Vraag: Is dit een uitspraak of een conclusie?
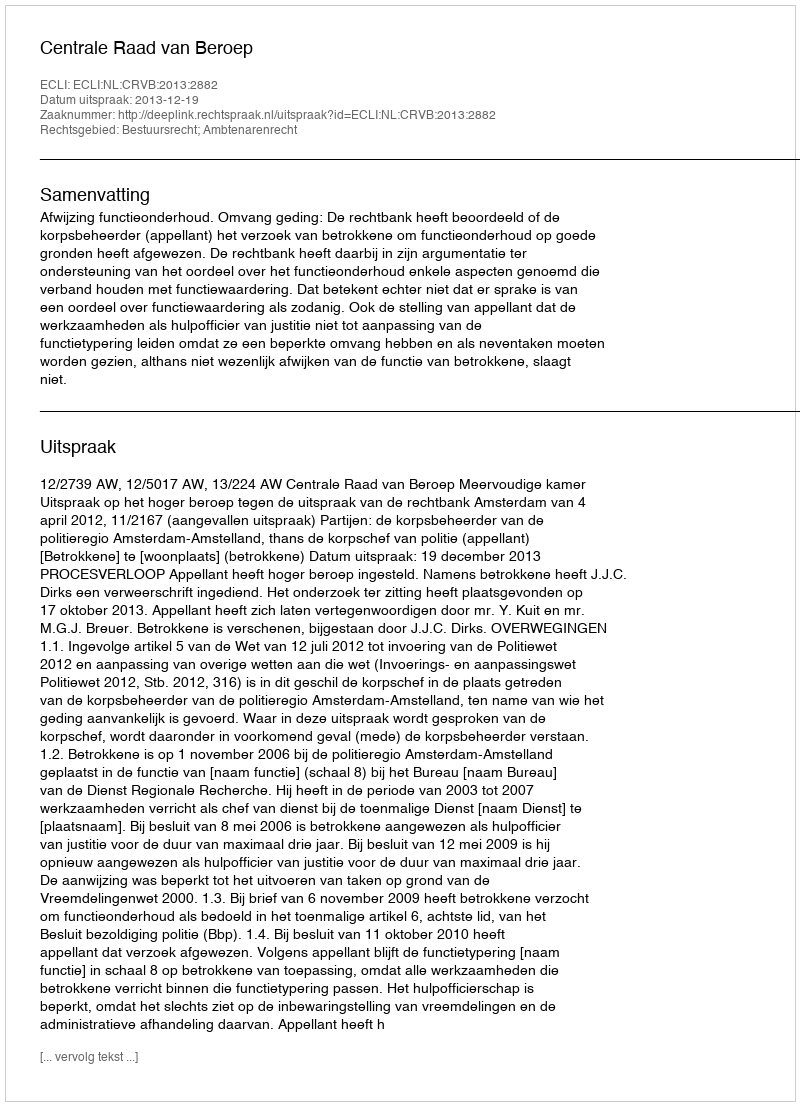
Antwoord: Uitspraak